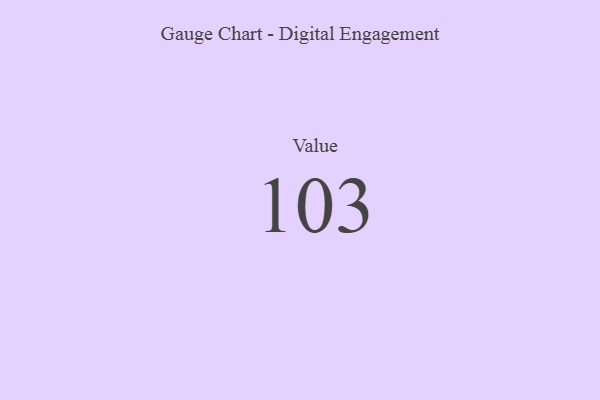
{"axis": {"x": "Metric", "y": "Value"}, "legend": [""], "data": [{"x": "Value", "y": 103, "type": ""}]}